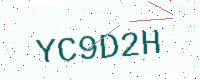
Text: YC9D2H